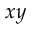
x y